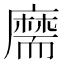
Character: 𦓡